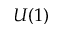
U ( 1 )